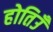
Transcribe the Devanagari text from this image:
होतिउँ